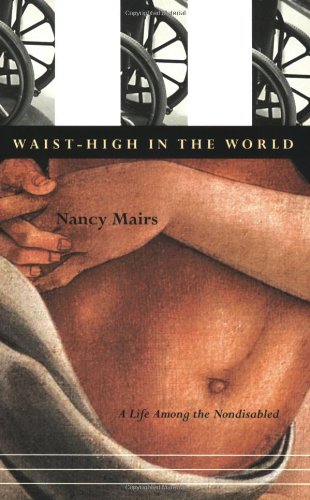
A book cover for Waist-High in the World: A Life Among the Nondisabled; Nancy Mairs; Health, Fitness & Dieting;